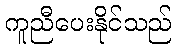
ကူညီပေးနိုင်သည်